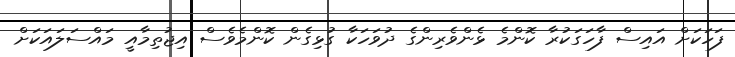
ފަހަކަށް އައިސް ފާހަގަކުރާ ކޮންމެ ޅެންވެރިންގެ ދުވަހަކާ ގުޅިގެން ކޮންމެވެސް އިޖުތިމާއީ މައްސަލައަކަށް